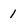
Character: 1